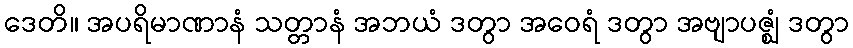
ဒေတိ။ အပရိမာဏာနံ သတ္တာနံ အဘယံ ဒတွာ အဝေရံ ဒတွာ အဗျာပဇ္ဈံ ဒတွာ